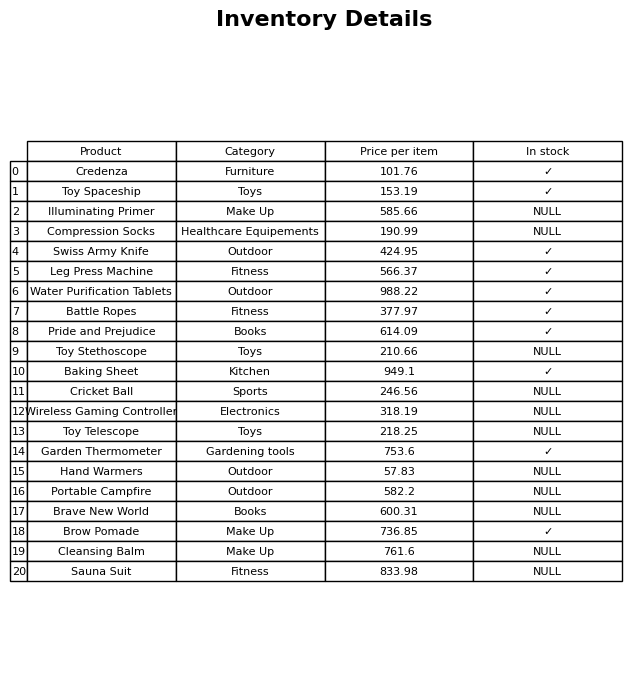
question: What is the price for Compression Socks?
answer: The price of Compression Socks is 190.99.